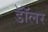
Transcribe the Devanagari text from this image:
डॉॅलर